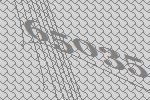
65035